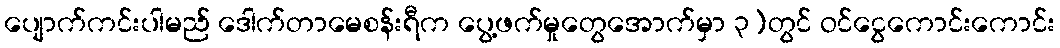
ပျောက်ကင်းပါမည် ဒေါက်တာမေစန်းရီက ပွေ့ဖက်မှုတွေအောက်မှာ ၃)တွင် ဝင်ငွေကောင်းကောင်း